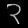
Digit: ၃